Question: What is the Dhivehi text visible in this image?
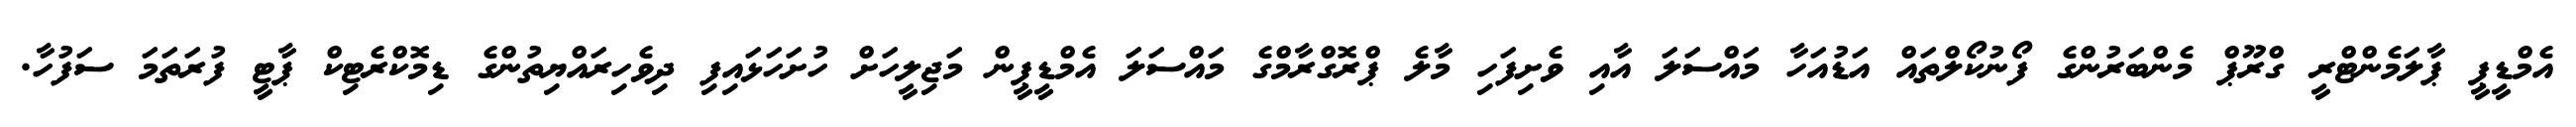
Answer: އެމްޑީޕީ ޕާލަމެންޓްރީ ގްރޫޕް މެންބަރުންގެ ފޯނުކޯލްތައް އަޑުއަހާ މައްސަލަ އާއި ވެށިފަހި މާލެ ޕްރޮގްރާމްގެ މައްސަލަ އެމްޑީޕީން މަޖިލީހަށް ހުށަހަޅައިފި ދިވެހިރައްޔިތުންގެ ޑިމޮކްރެޓިކް ޕާޓީ ފުރަތަމަ ސަފުހާ.